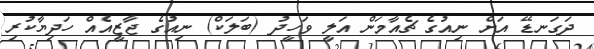
ދަގަނޑޭ އަށް ނިއުގެ ޗެއާމަން އަލީ ވަހީދު (ބަލަކް) ނިއުގެ ޖާޒީއެއް ހަދިޔާކުރި